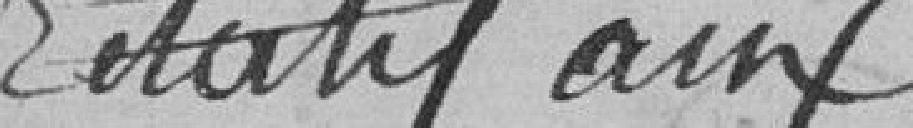
relatif aux